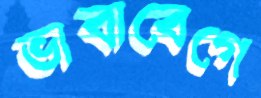
ভাবাবেগে